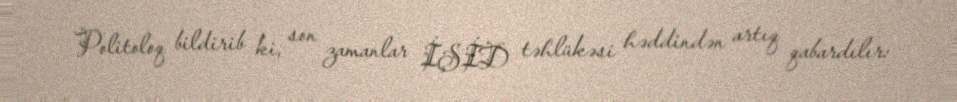
Politoloq bildirib ki, son zamanlar İŞİD təhlükəsi həddindən artıq qabardılır: